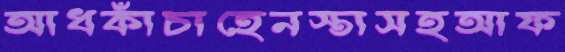
আধকাঁচাহেনস্তাসহআফ